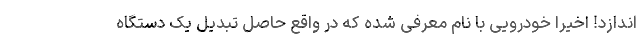
اندازد! اخیرا خودرویی با نام معرفی شده که در واقع حاصل تبدیل یک دستگاه